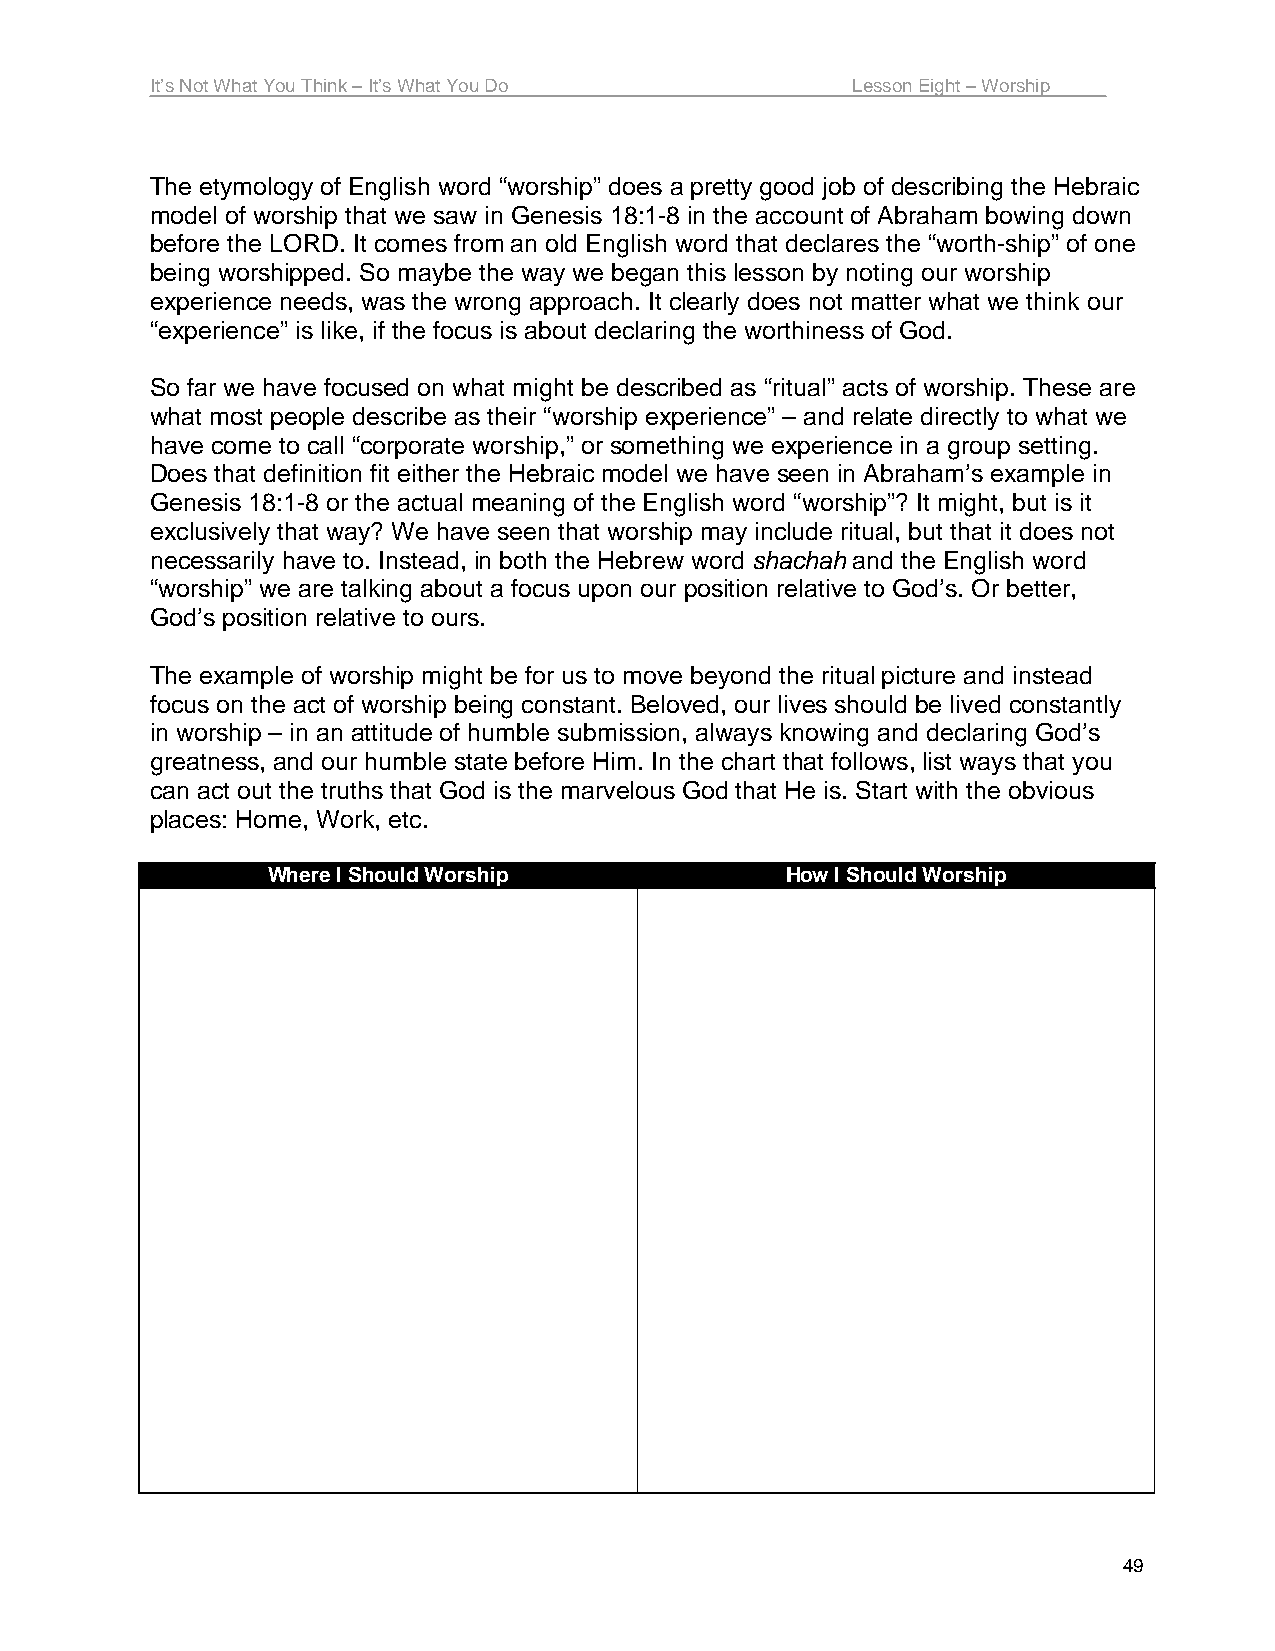
It’s Not What You Think – It’s What You Do    Lesson Eight – Worship
 The etymology of English word “worship” does a pretty good job of describing the Hebraic
 model of worship that we saw in Genesis 18:1-8 in the account of Abraham bowing down
 before the LORD. It comes from an old English word that declares the “worth-ship” of one
 being worshipped. So maybe the way we began this lesson by noting our worship
 experience needs, was the wrong approach. It clearly does not matter what we think our
 “experience” is like, if the focus is about declaring the worthiness of God.
 So far we have focused on what might be described as “ritual” acts of worship. These are
 what most people describe as their “worship experience” – and relate directly to what we
 have come to call “corporate worship,” or something we experience in a group setting.
 Does that definition fit either the Hebraic model we have seen in Abraham’s example in
 Genesis 18:1-8 or the actual meaning of the English word “worship”? It might, but is it
 exclusively that way? We have seen that worship may include ritual, but that it does not
 necessarily have to. Instead, in both the Hebrew word shachah and the English word
 “worship” we are talking about a focus upon our position relative to God’s. Or better,
 God’s position relative to ours.
 The example of worship might be for us to move beyond the ritual picture and instead
 focus on the act of worship being constant. Beloved, our lives should be lived constantly
 in worship – in an attitude of humble submission, always knowing and declaring God’s
 greatness, and our humble state before Him. In the chart that follows, list ways that you
 can act out the truths that God is the marvelous God that He is. Start with the obvious
 places: Home, Work, etc.
 Where I Should Worship            How I Should Worship
 49